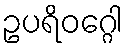
ဥပရိဝဂ္ဂေါ